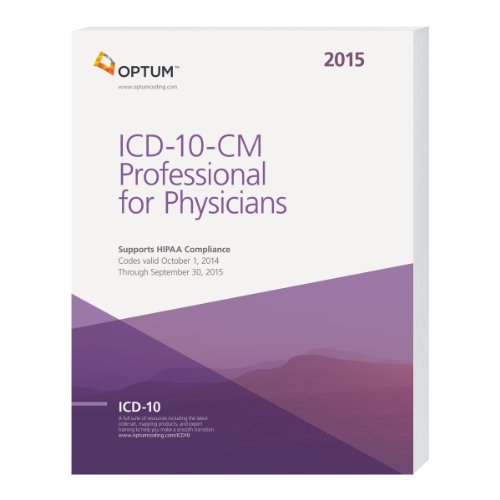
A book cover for ICD-10-CM Professional for Physicians Draft -- 2015 (Icd-10-Cm Professional for Physicians Draft (Paper)); Optum360; Business & Money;